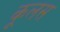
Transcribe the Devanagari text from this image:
कूलस